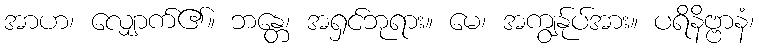
အာဟ၊ လျှောက်၏။ ဘန္တေ၊ အရှင်ဘုရား။ မေ၊ အကျွန်ုပ်အား။ ပရိနိဗ္ဗာနံ၊